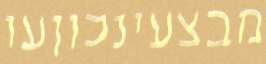
מבצעינכוןעו